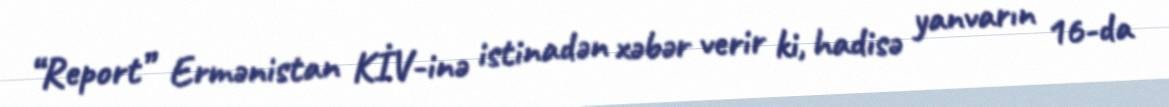
“Report” Ermənistan KİV-inə istinadən xəbər verir ki, hadisə yanvarın 16-da